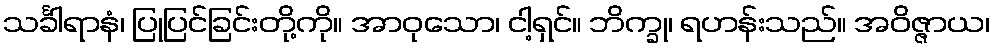
သင်္ခါရာနံ၊ ပြုပြင်ခြင်းတို့ကို။ အာဝုသော၊ ငါ့ရှင်။ ဘိက္ခု၊ ရဟန်းသည်။ အဝိဇ္ဇာယ၊